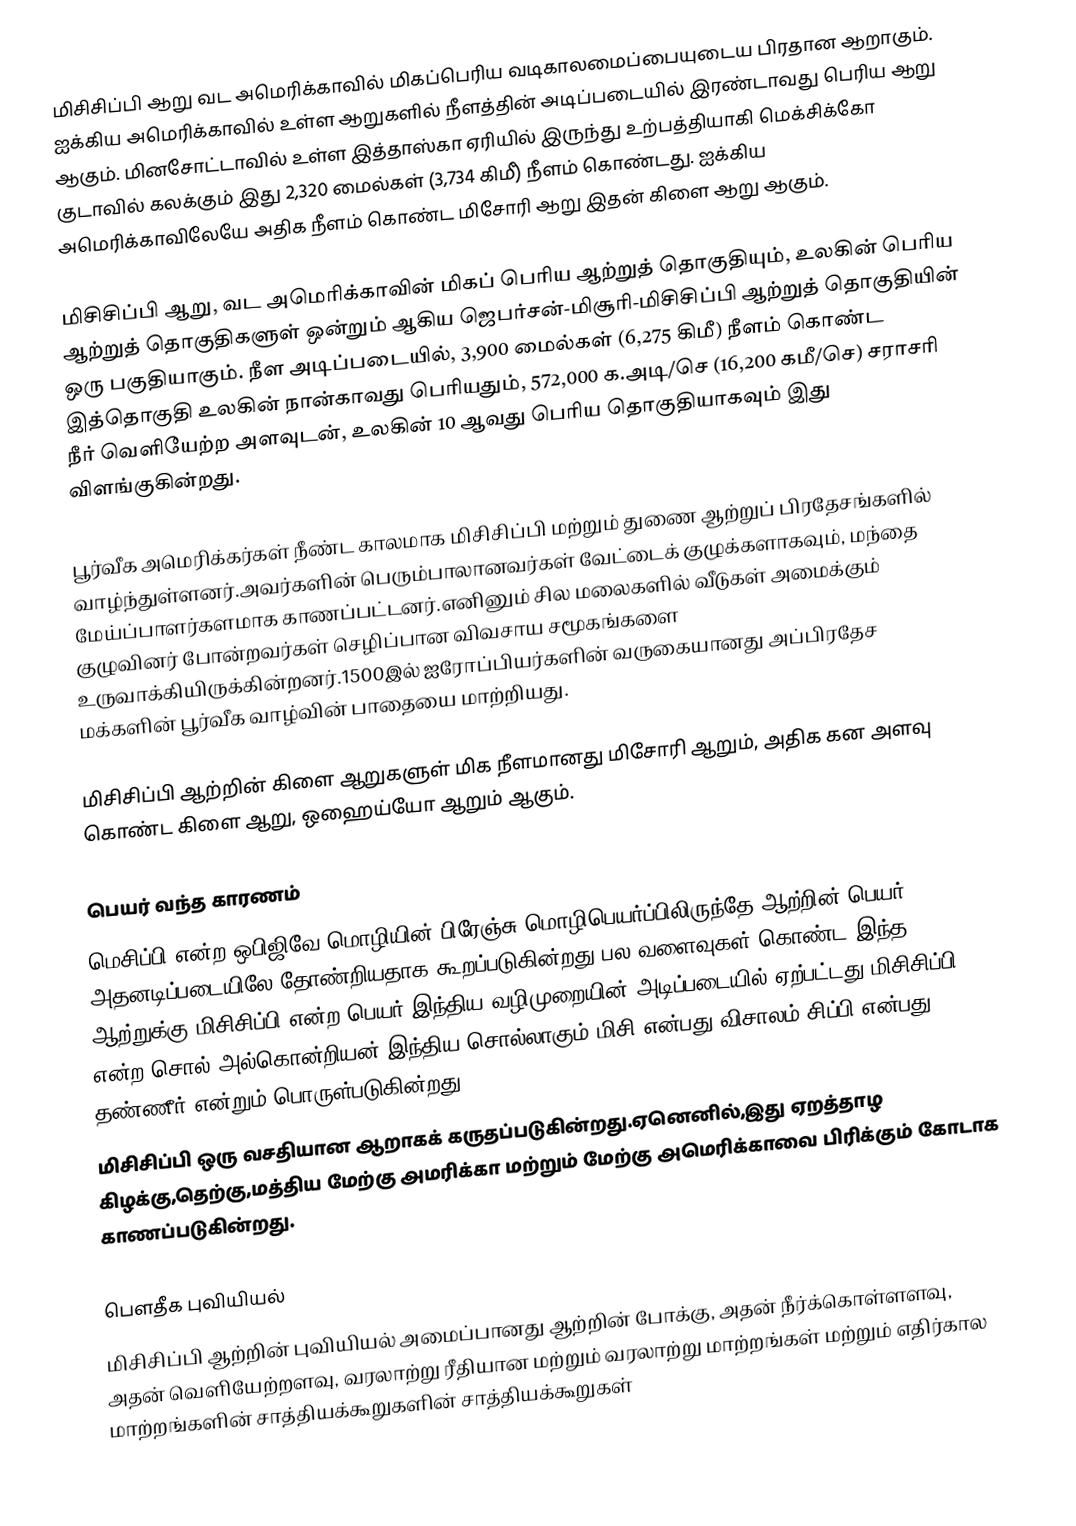
மிசிசிப்பி ஆறு வட அமெரிக்காவில் மிகப்பெரிய வடிகாலமைப்பையுடைய பிரதான ஆறாகும்.  ஐக்கிய அமெரிக்காவில் உள்ள ஆறுகளில் நீளத்தின் அடிப்படையில் இரண்டாவது பெரிய ஆறு ஆகும். மினசோட்டாவில் உள்ள இத்தாஸ்கா ஏரியில் இருந்து உற்பத்தியாகி மெக்சிக்கோ குடாவில் கலக்கும் இது 2,320 மைல்கள் (3,734 கிமீ) நீளம் கொண்டது. ஐக்கிய அமெரிக்காவிலேயே அதிக நீளம் கொண்ட மிசோரி ஆறு இதன் கிளை ஆறு ஆகும்.

மிசிசிப்பி ஆறு, வட அமெரிக்காவின் மிகப் பெரிய ஆற்றுத் தொகுதியும், உலகின் பெரிய ஆற்றுத் தொகுதிகளுள் ஒன்றும் ஆகிய ஜெபர்சன்-மிசூரி-மிசிசிப்பி ஆற்றுத் தொகுதியின் ஒரு பகுதியாகும். நீள அடிப்படையில், 3,900 மைல்கள் (6,275 கிமீ) நீளம் கொண்ட இத்தொகுதி உலகின் நான்காவது பெரியதும், 572,000 க.அடி/செ (16,200 கமீ/செ) சராசரி நீர் வெளியேற்ற அளவுடன், உலகின் 10 ஆவது பெரிய தொகுதியாகவும் இது விளங்குகின்றது.

பூர்வீக அமெரிக்கர்கள் நீண்ட காலமாக மிசிசிப்பி மற்றும் துணை ஆற்றுப் பிரதேசங்களில் வாழ்ந்துள்ளனர்.அவர்களின் பெரும்பாலானவர்கள் வேட்டைக் குழுக்களாகவும், மந்தை மேய்ப்பாளர்களமாக காணப்பட்டனர்.எனினும் சில மலைகளில் வீடுகள் அமைக்கும் குழுவினர் போன்றவர்கள் செழிப்பான விவசாய சமூகங்களை உருவாக்கியிருக்கின்றனர்.1500இல் ஐரோப்பியர்களின் வருகையானது அப்பிரதேச மக்களின் பூர்வீக வாழ்வின் பாதையை மாற்றியது.

மிசிசிப்பி ஆற்றின் கிளை ஆறுகளுள் மிக நீளமானது மிசோரி ஆறும், அதிக கன அளவு கொண்ட கிளை ஆறு, ஒஹைய்யோ ஆறும் ஆகும்.

பெயர் வந்த காரணம்
மெசிப்பி என்ற ஒபிஜிவே மொழியின் பிரேஞ்சு மொழிபெயர்ப்பிலிருந்தே ஆற்றின் பெயர் அதனடிப்படையிலே தோண்றியதாக கூறப்படுகின்றது.பல வளைவுகள் கொண்ட இந்த ஆற்றுக்கு மிசிசிப்பி என்ற பெயர் இந்திய வழிமுறையின் அடிப்படையில் ஏற்பட்டது.மிசிசிப்பி என்ற சொல் அல்கொன்றியன் இந்திய சொல்லாகும்.மிசி என்பது விசாலம்.சிப்பி என்பது தண்ணீர் என்றும் பொருள்படுகின்றது.
மிசிசிப்பி ஒரு வசதியான ஆறாகக் கருதப்படுகின்றது.ஏனெனில்,இது ஏறத்தாழ கிழக்கு,தெற்கு,மத்திய மேற்கு அமரிக்கா மற்றும் மேற்கு அமெரிக்காவை பிரிக்கும் கோடாக காணப்படுகின்றது.

பெளதீக புவியியல்
மிசிசிப்பி ஆற்றின் புவியியல் அமைப்பானது ஆற்றின் போக்கு, அதன் நீர்க்கொள்ளளவு, அதன் வெளியேற்றளவு, வரலாற்று ரீதியான மற்றும் வரலாற்று மாற்றங்கள் மற்றும் எதிர்கால மாற்றங்களின் சாத்தியக்கூறுகளின் சாத்தியக்கூறுகள்